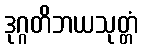
ဒုဂ္ဂတိဘယသုတ္တံ